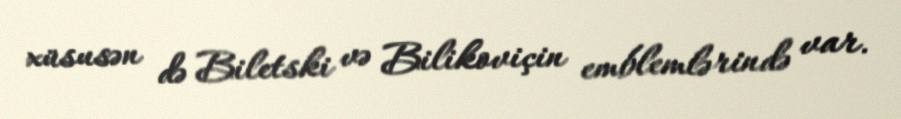
xüsusən də Biletski və Bilikoviçin emblemlərində var.